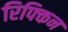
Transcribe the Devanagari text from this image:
रिफ्किन